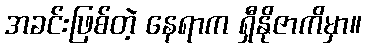
အခင်းဖြစ်တဲ့ နေရာက ရှီနိုဇာကိမှာ။